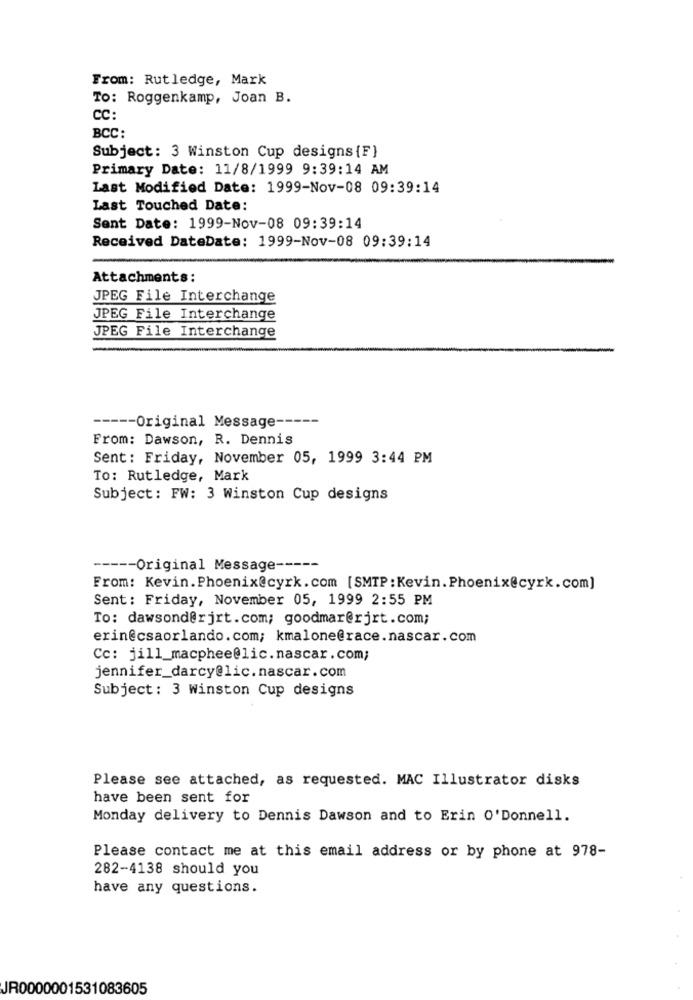
From: Rutledge, Mark
To: Roggenkamp, Joan B.
CC:
BCC:
Subject: 3 Winston Cup designs {F}
Primary Date: 11/8/1999 9:39:14 AM
Last Modified Date: 1999-Nov-08 09:39:14
Last Touched Date:
Sent Date: 1999-Nov-08 09:39:14
Received DateDate: 1999-Nov-08 09:39:14
Attachments:
JPEG File Interchange
JPEG File Interchange
JPEG File Interchange
----- Original Message --
---
From: Dawson, R. Dennis
Sent: Friday, November 05, 1999 3:44 PM
To: Rutledge, Mark
Subject: FW: 3 Winston Cup designs
---
----- Original Message --
From: Kevin.Phoenix@cyrk.com [SMTP: Kevin. Phoenix@cyrk.com]
Sent: Friday, November 05, 1999 2:55 PM
To: dawsond@rjrt.com; goodmar@rjrt.com;
erin@csaorlando.com; kmalone@race.nascar.com
Cc: jill_macphee@lic.nascar.com;
jennifer_darcy@lic.nascar.com
Subject: 3 Winston Cup designs
Please see attached, as requested. MAC Illustrator disks
have been sent for
Monday delivery to Dennis Dawson and to Erin O'Donnell.
Please contact me at this email address or by phone at 978-
282-4138 should you
have any questions.
JR0000001531083605